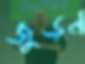
জুড়ন